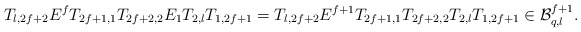
\begin{align*} T_{l,2f+2} E^f T_{2f+1,1}T_{2f+2,2}E_1 T_{2,l}T_{1,2f+1}= T_{l,2f+2} E^{f+1} T_{2f+1,1}T_{2f+2,2}T_{2,l}T_{1,2f+1}\in \mathcal B_{q, l}^{f+1}.\end{align*}